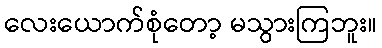
လေးယောက်စုံတော့ မသွားကြဘူး။